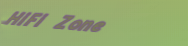
HiFi Zone